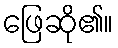
ဖြေဆို၏။